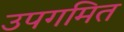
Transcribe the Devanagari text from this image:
उपगमित